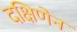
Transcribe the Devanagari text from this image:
दक्षिणेन